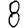
Digit: 8